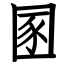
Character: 圂